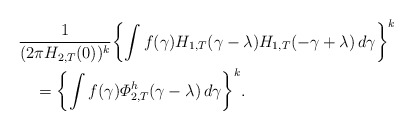
\begin{align*}&\frac{1}{(2\pi H_{2,T}(0))^{k}} \biggl\{ \int f(\gamma)H_{1,T}(\gamma -\lambda)H_{1,T}(-\gamma+\lambda)\,d\gamma \biggr\} ^{k}\\&\quad{}= \biggl\{ \int f(\gamma)\varPhi_{2,T}^{h}(\gamma-\lambda )\,d\gamma \biggr\} ^{k}.\end{align*}